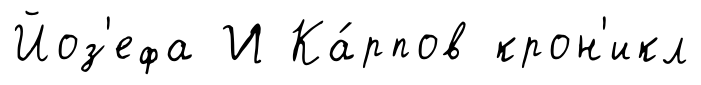
Йоз'ефа И Ка́рпов крон'икл